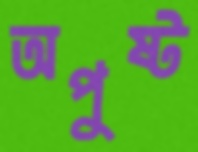
অপুষ্ট